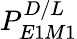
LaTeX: P_{E1M1}^{D/L}